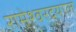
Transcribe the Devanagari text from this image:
रामेश्वरदयाल